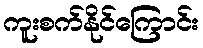
ကူးစက်နိုင်ကြောင်း